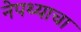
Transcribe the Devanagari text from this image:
नेपथ्याचा